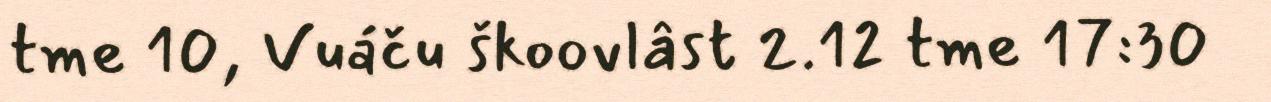
tme 10, Vuáču škoovlâst 2.12 tme 17:30